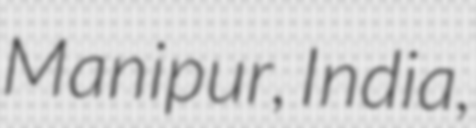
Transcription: Manipur, India,